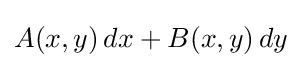
A(x,y)\,dx+B(x,y)\,dy